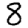
Digit: 8